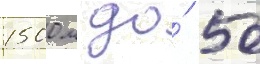
1500 м до́ 50